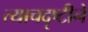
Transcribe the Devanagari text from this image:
त्याचदृष्टीने